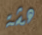
هشة